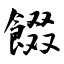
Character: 餟